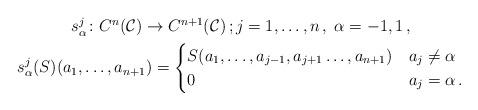
LaTeX: \begin{align*} \begin{gathered} s_\alpha^j \colon C^n(\mathcal{C}) \to C^{n+1}(\mathcal{C})\,; j=1,\dots,n\,,\; \alpha = -1,1\,,\\ s_\alpha^j (S) (a_1,\dots,a_{n+1}) = \begin{cases} S(a_1,\dots,a_{j-1},a_{j+1}\dots,a_{n+1}) & a_j \neq \alpha \\ 0 & a_j = \alpha \,. \end{cases} \end{gathered}\end{align*}